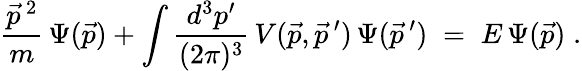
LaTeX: \frac{\vec{p}\, ^{2}}{m}\, \Psi(\vec{p})+\int\frac{d^{3}p^{\prime}}{(2\pi)^{3}}\, V(\vec{p},\vec{p}\, ^{\prime})\, \Psi(\vec{p}\, ^{\prime})\; =\; E\, \Psi(\vec{p})\; .